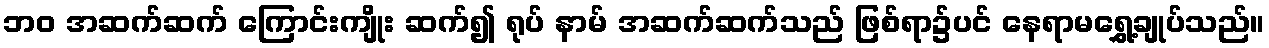
ဘဝ အဆက်ဆက် ကြောင်းကျိုး ဆက်၍ ရုပ် နာမ် အဆက်ဆက်သည် ဖြစ်ရာ၌ပင် နေရာမရွှေ့ချုပ်သည်။